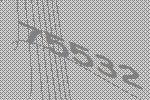
75532